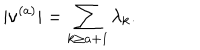
| \nu ^ { ( a ) } | = \sum _ { k \geq a + 1 } \lambda _ { k } .